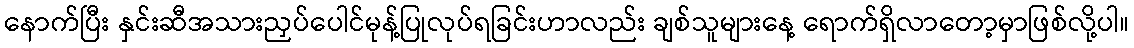
နောက်ပြီး နှင်းဆီအသားညှပ်ပေါင်မုန့်ပြုလုပ်ရခြင်းဟာလည်း ချစ်သူများနေ့ ရောက်ရှိလာတော့မှာဖြစ်လို့ပါ။